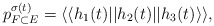
\begin{align*} p_{F\subset E}^{\sigma(t)} = \langle\langle h_1(t) || h_2(t) ||h_3(t)\rangle \rangle, \end{align*}